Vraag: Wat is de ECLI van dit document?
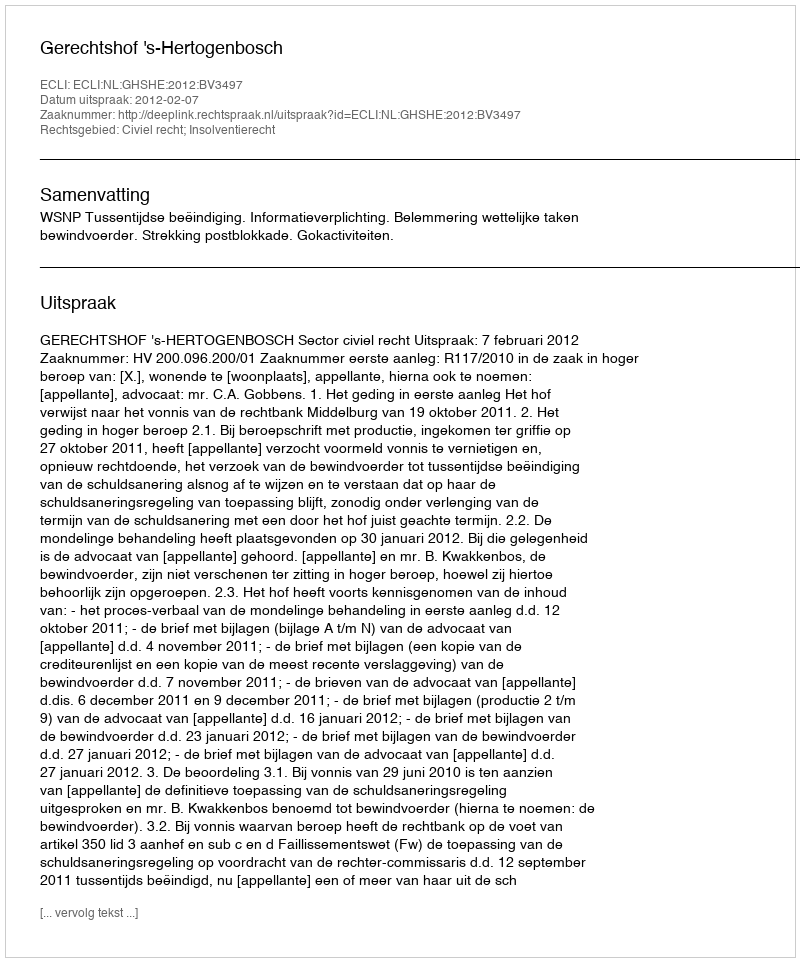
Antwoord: ECLI:NL:GHSHE:2012:BV3497